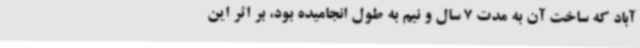
آباد که ساخت آن به مدت 7 سال و نیم به طول انجامیده بود، بر اثر این